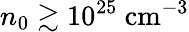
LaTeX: n_{0}\gtrsim 10^{25}~\mathrm{{cm}^{-3}}